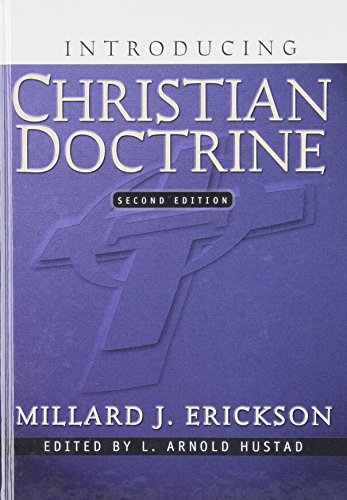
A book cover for Introducing Christian Doctrine(2nd Edition); Millard J. Erickson; Christian Books & Bibles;